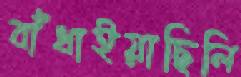
বাঁধাইয়াছিলি